Civil Veterinary Dept. Bombay admin report 1932-41 - 1932-1941
Year: 1932
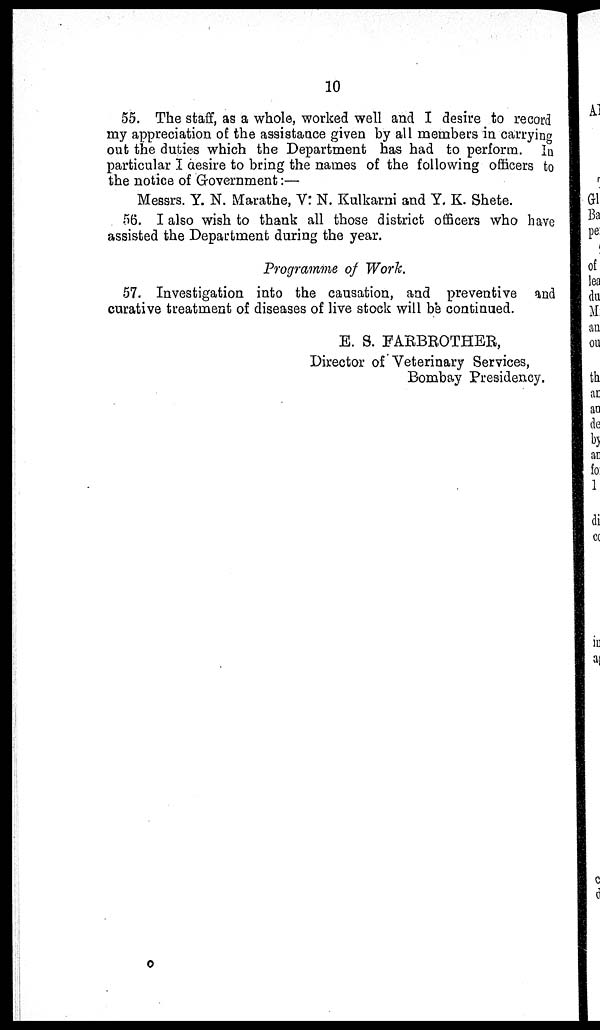
10
55. The staff, as a whole, worked well and I desire to record
my appreciation of the assistance given by all members in carrying
out the duties which the Department has had to perform. In
particular I desire to bring the names of the following officers to
the notice of Government:—
Messrs. Y. N. Marathe, V: N. Kulkarni and Y. K. Shete.
56. I also wish to thank all those district officers who have
assisted the Department during the year.
Programme of Work.
57. Investigation into the causation, and preventive and
curative treatment of diseases of live stock will be continued.
E. S. FARBROTHER,
Director of Veterinary Services,
Bombay Presidency.